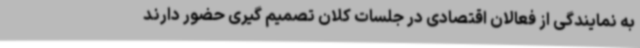
به نمایندگی از فعالان اقتصادی در جلسات کلان تصمیم گیری حضور دارند